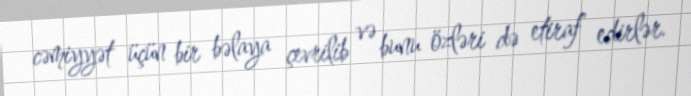
cəmiyyət üçün bir bəlaya çevrilib və bunu özləri də etiraf edirlər.